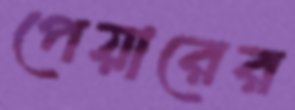
পেয়ারের